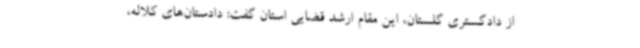
از دادگستری گلستان، این مقام ارشد قضایی استان گفت: دادستان‌های کلاله،